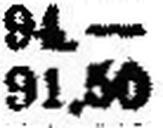
91.50